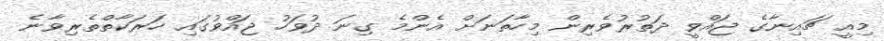
މިއީ ޗައިނާގެ ޖައްވީ ދަތުރުވެރިން މިހާތަނަށް އެންމެ ގިނަ ދުވަހު ޖައްވުގައި ހަރަކާތްތެރިވާނެ